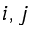
i , j